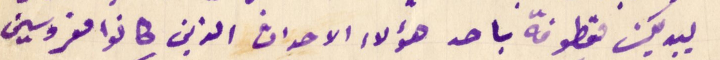
بيديك مقطوفة باحد هؤلاء الاحداث الذين كانو مغروسين